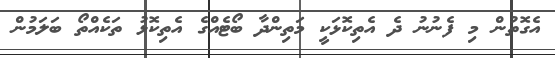
އެގޮތުން މި ފެނުނު ދެ އެތިކޮޅަކީ މަތިންދާ ބޯޓެއްގެ އެތިކޮޅު ތަކެއްތޯ ބަލަމުން